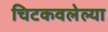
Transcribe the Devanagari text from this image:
चिटकवलेल्या